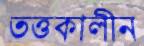
তত্তকালীন